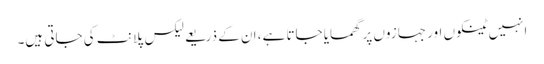
انہیں ٹینکوں اور جہازوں پر گھمایا جاتا ہے، ان کے ذریعے لیکس پلانٹ کی جاتی ہیں۔